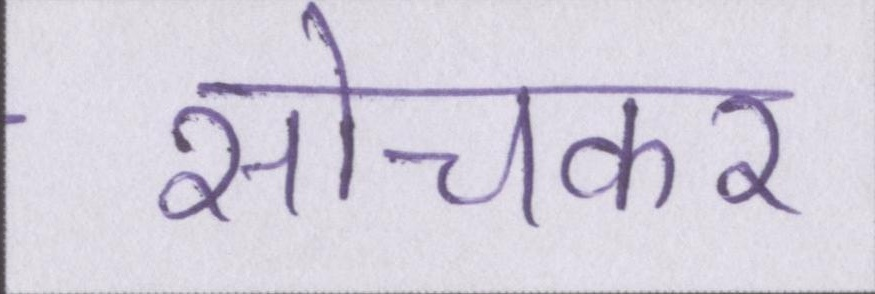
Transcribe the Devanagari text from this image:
सोचकर